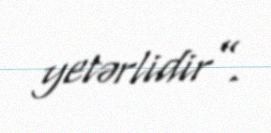
yetərlidir”.